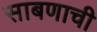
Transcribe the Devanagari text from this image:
साबणाची